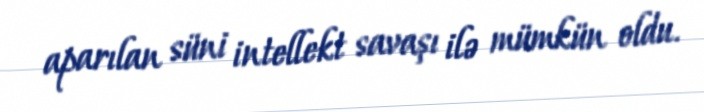
aparılan süni intellekt savaşı ilə mümkün oldu.